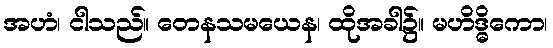
အဟံ၊ ငါသည်။ တေနသမယေန၊ ထိုအခါ၌။ မဟိဒ္ဓိကော၊